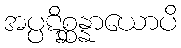
အပ္ပဋိစ္ဆန္နာယောပိ